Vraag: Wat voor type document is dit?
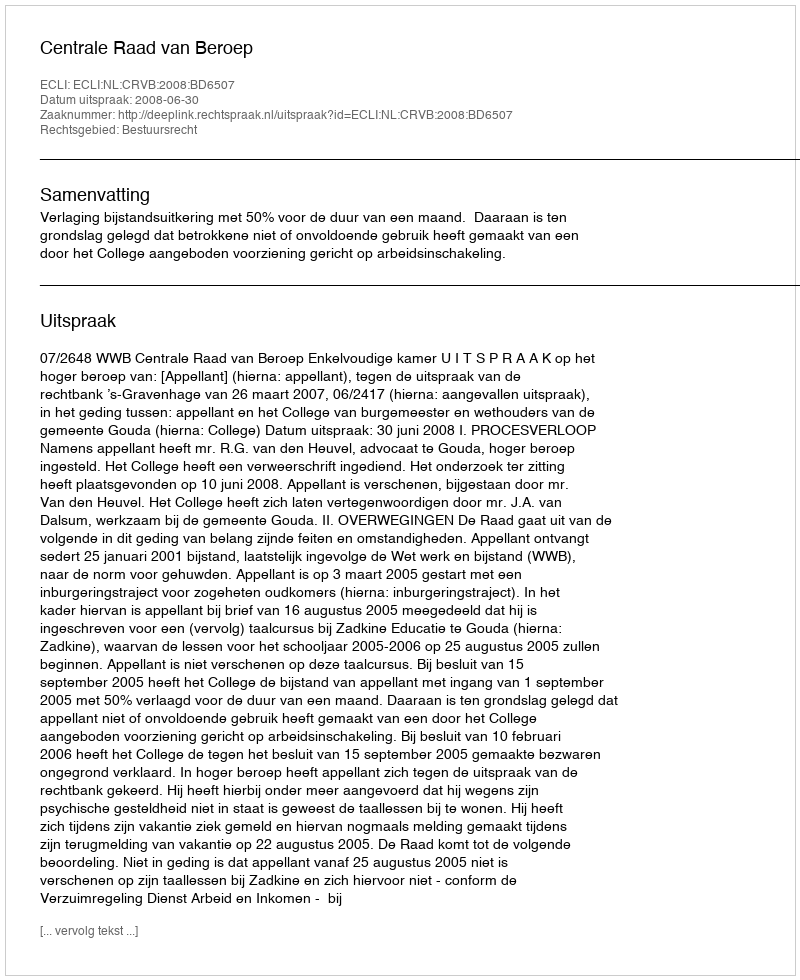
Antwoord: Uitspraak